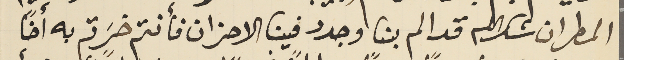
المطران شكرالله قد الم بنا وجدد فينا الاحزان فأنتم خسَرتم به أخاً